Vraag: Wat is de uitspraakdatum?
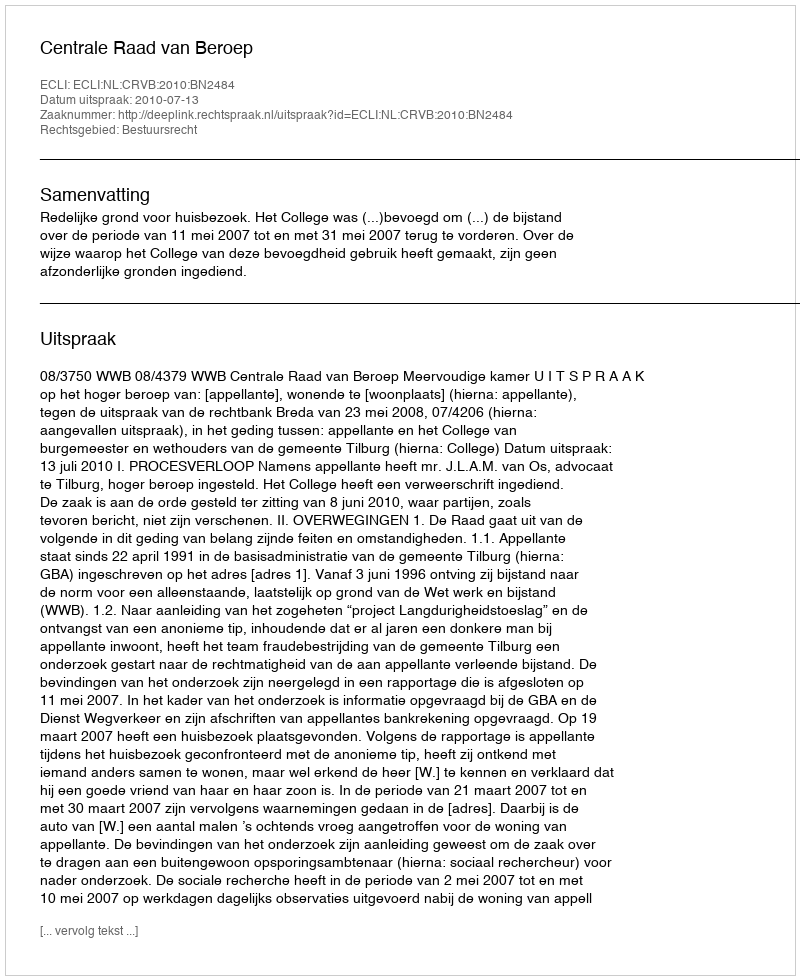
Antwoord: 2010-07-13